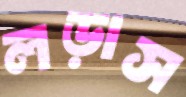
লড়াস